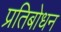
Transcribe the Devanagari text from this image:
प्रतिबोधन